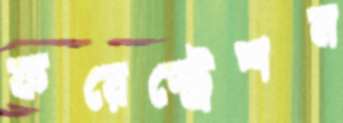
ফরেস্ট্রেশন